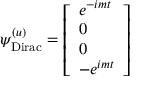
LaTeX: \psi _ { \mathrm { { D i r a c } } } ^ { ( u ) } = { \left[ \begin{array} { l } { e ^ { - i m t } } \\ { 0 } \\ { 0 } \\ { - e ^ { i m t } } \end{array} \right] }